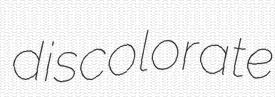
discolorate